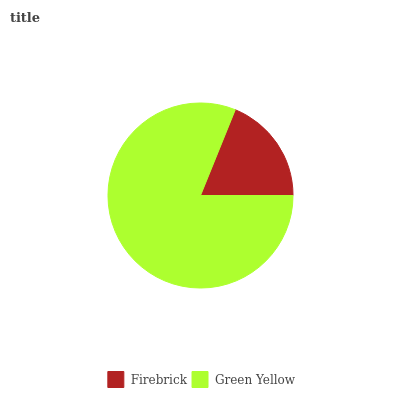
| Firebrick | Green Yellow |
 | --- | --- |
 | 18.9% | 81.1% |